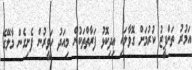
އަމުރު ތަންފީޒު ކުރުމަށް ގޮވާލައި އިދިކޮޅު ފަރާތްތަކުން މިއަދު ހަވީރުން ފެށިގެން މާލޭގެ